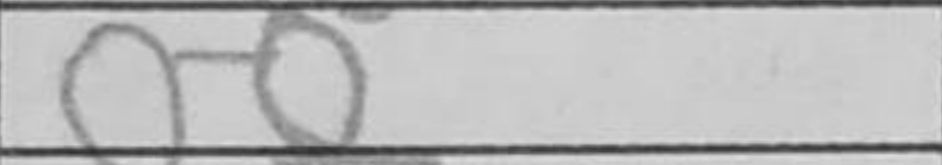
Transcription: O-O